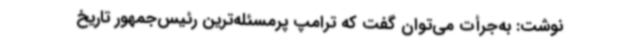
نوشت: به‌جرأت می‌توان گفت که ترامپ پرمسئله‌ترین رئیس‌جمهور تاریخ